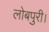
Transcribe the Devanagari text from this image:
लोबपुरी।